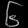
Digit: ၆